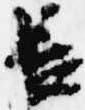
長